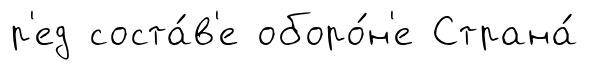
р'ед соста́в'е оборо́н'е Страна́